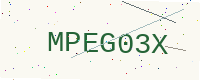
Text: MPEG03X